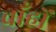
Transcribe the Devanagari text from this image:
चाँहों